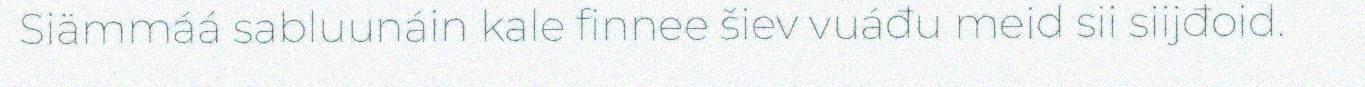
Siämmáá sabluunáin kale finnee šiev vuáđu meid sii siijđoid.